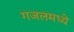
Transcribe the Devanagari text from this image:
गजलमध्ये